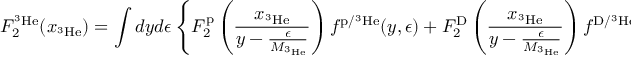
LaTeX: F _ { 2 } ^ { \mathrm { ^ 3 H e } } ( x _ { \mathrm { ^ 3 H e } } ) = \int d y d \epsilon \left\{ F _ { 2 } ^ { \mathrm { p } } \left( \frac { x _ { \mathrm { ^ 3 H e } } } { y - \frac { \epsilon } { M _ { \mathrm { ^ 3 H e } } } } \right) f ^ { \mathrm { p / { ^ 3 H e } } } ( y , \epsilon ) + F _ { 2 } ^ { \mathrm { D } } \left( \frac { x _ { \mathrm { ^ 3 H e } } } { y - \frac { \epsilon } { M _ { \mathrm { ^ 3 H e } } } } \right) f ^ { \mathrm { D / { ^ 3 H e } } } ( y , \epsilon ) \right\} ~ ,